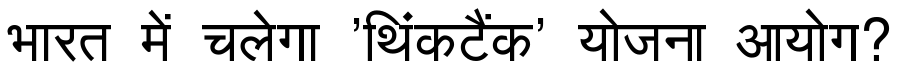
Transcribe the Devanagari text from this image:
भारत में चलेगा 'थिंकटैंक' योजना आयोग?